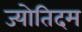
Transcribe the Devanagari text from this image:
ज्योतिदम